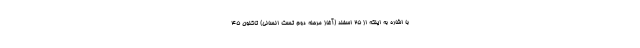
با اشاره به اینکه از ۲۵ اسفند (آغاز مرحله دوم تست انسانی) تاکنون ۴۵